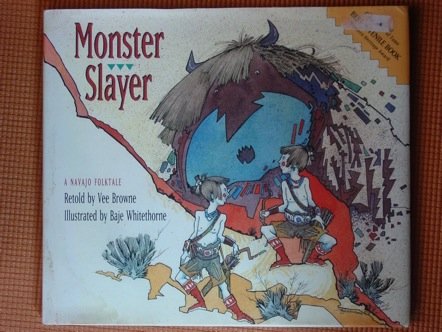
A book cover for Monster Slayer: A Navajo Folktale; Vee Browne; Children's Books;